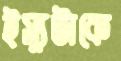
ইস্যুটাকে